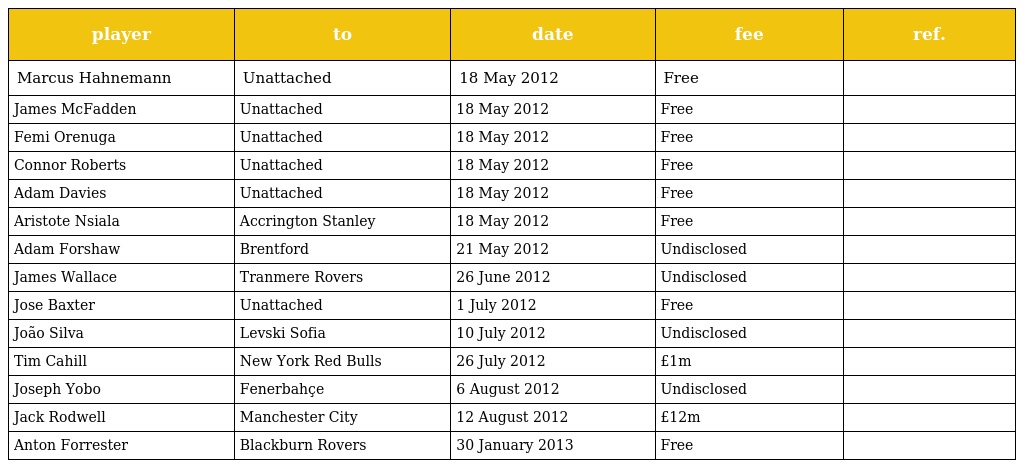
| player | to | date | fee | ref. |
 | --- | --- | --- | --- | --- |
 | Marcus Hahnemann | Unattached | 18 May 2012 | Free |  |
 | James McFadden | Unattached | 18 May 2012 | Free |  |
 | Femi Orenuga | Unattached | 18 May 2012 | Free |  |
 | Connor Roberts | Unattached | 18 May 2012 | Free |  |
 | Adam Davies | Unattached | 18 May 2012 | Free |  |
 | Aristote Nsiala | Accrington Stanley | 18 May 2012 | Free |  |
 | Adam Forshaw | Brentford | 21 May 2012 | Undisclosed |  |
 | James Wallace | Tranmere Rovers | 26 June 2012 | Undisclosed |  |
 | Jose Baxter | Unattached | 1 July 2012 | Free |  |
 | João Silva | Levski Sofia | 10 July 2012 | Undisclosed |  |
 | Tim Cahill | New York Red Bulls | 26 July 2012 | £1m |  |
 | Joseph Yobo | Fenerbahçe | 6 August 2012 | Undisclosed |  |
 | Jack Rodwell | Manchester City | 12 August 2012 | £12m |  |
 | Anton Forrester | Blackburn Rovers | 30 January 2013 | Free |  |